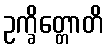
ဥက္ခိတ္တောတိ